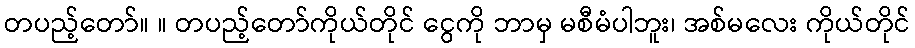
တပည့်တော်။ ။ တပည့်တော်ကိုယ်တိုင် ငွေကို ဘာမှ မစီမံပါဘူး၊ အစ်မလေး ကိုယ်တိုင်